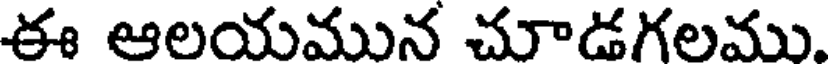
ఈ ఆలయమున చూడగలము.